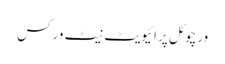
ورچوئل پرائیویٹ نیٹ ورکس